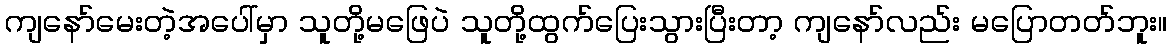
ကျနော်မေးတဲ့အပေါ်မှာ သူတို့မဖြေပဲ သူတို့ထွက်ပြေးသွားပြီးတာ့ ကျနော်လည်း မပြောတတ်ဘူး။